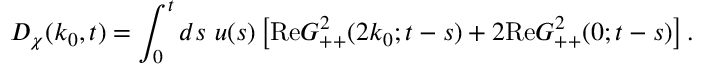
D _ { \chi } ( k _ { 0 } , t ) = \int _ { 0 } ^ { t } d s ~ u ( s ) \left[ \mathrm { R e } G _ { + + } ^ { 2 } ( 2 k _ { 0 } ; t - s ) + 2 \mathrm { R e } G _ { + + } ^ { 2 } ( 0 ; t - s ) \right] .